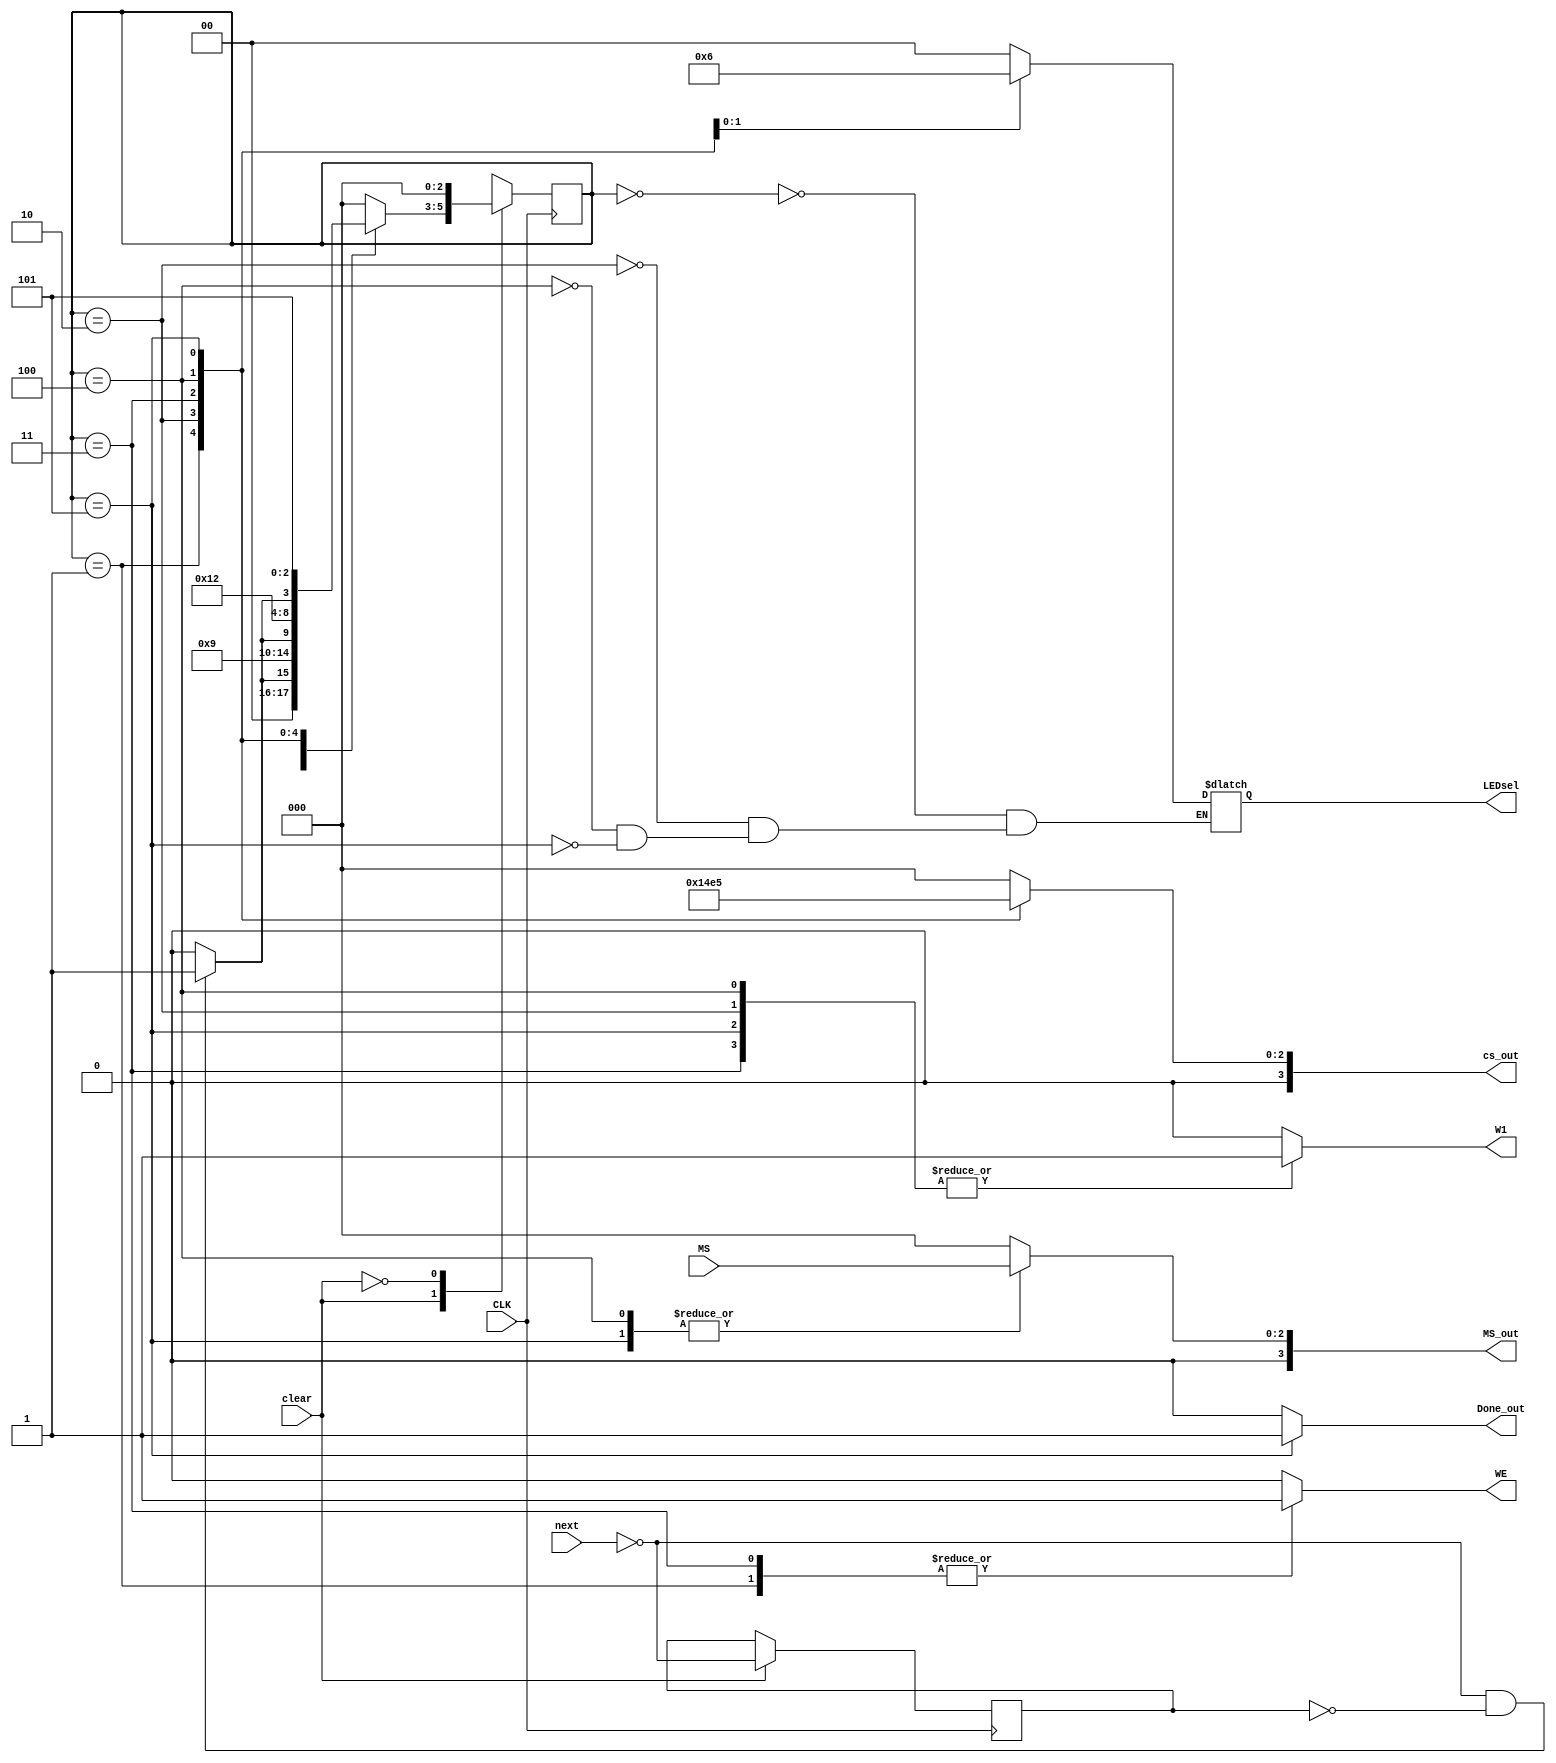

`timescale 1ns / 1ps
//////////////////////////////////////////////////////////////////////////////////


module FSM(CLK, clear, next, MS, MS_out, LEDsel, Done_out, W1, WE, cs_out
    

    );
    input CLK, clear, next;        //next: only when next == 1, some state will go to their next state
                                //[clear] is copied from the github file, I dont know how to use it specifically, kinda start button
    input[2:0] MS;              //the mode we use for calculating
    output reg[1:0] LEDsel;     //for LED_MUX2
    //output reg[2:0] num_R1, num_R2;     //pass to register file
    output reg W1;
    output reg[3:0] MS_out;                 //MS_out will be passed to ALU file
    output reg WE, Done_out;                //write enable for register and done signal for S11
    reg nextPrev;                            
    reg[2:0] CS, NS;                    //current state & next state
    parameter   Idle1 = 3'b000,         //s0
                Input1 = 3'b001,        //s1, input input1hao
                Idle2 = 3'b010,
                Input2 = 3'b011,        //s3, input input2
                calculation = 3'b100;   //s5
    parameter   done = 3'b101;
	 output reg [3:0]cs_out;
                

                
   always@(posedge CLK) begin 
        case(clear)
            1'b1: begin
				      CS <= NS;
				      nextPrev <= !next;
						end
            1'b0: CS <= Idle1;
        endcase
   end
	
	
    
  
    
    always@(CS or !next or MS) begin
        case(CS)
            Idle1: begin            // Idle1 is initial state which is wating for input_1
                WE = 0;             //we wont receive any data from input when WE = 0
                MS_out = 4'b0000;    //MS initial state
                W1 = 0;             //W1 initial state
                Done_out = 0;       //?
                LEDsel = 2'b00;     //LED shows din in LED0 and LED1
                cs_out = Idle1;
					 if (!next && !nextPrev)
                    NS = Input1;
                else
                    NS = Idle1;
                end
                
            Input1: begin
                WE = 1;             //allow register to write Din into RF
                MS_out = 4'b0000;
                W1 = 0;             //RF[0] <- Din (write Din into RF[0]
                Done_out = 0;
                NS = Idle2;
					 cs_out = Input1;
            end
            
            Idle2: begin            // waiting for input_2
                WE = 0;             //allow register to write Din into RF
                MS_out = 4'b0000;
                W1 = 1;             //RF[1] <- Din (write Din into RF[1] (cuz now we are inputing input2
                Done_out = 0;
                LEDsel = 2'b00;     //LED shows din in LED0 and LED1
					 cs_out = Idle2;
                if (!next && !nextPrev)
                    NS = Input2;
                else
                    NS = Idle2;
            end

            Input2: begin
                WE = 1;             //allow register to write Din into RF
                MS_out = 4'b0000;
                W1 = 1;             //RF[1] <- Din (write Din into RF[1] (cuz now we are inputing input2
                Done_out = 0;
                NS = calculation;
					 cs_out = Input2;
            end

            calculation: begin
                WE = 0;             // don't care
                MS_out = MS;        //BCD
                W1 = 1;             // don't care
                Done_out = 0;
                LEDsel = 2'b01;     //LED shows MS on LED0
				cs_out = calculation;
                if (!next && !nextPrev)
                    NS = done;
                else
                    NS = calculation;
            end
            
            done: begin
                WE = 0;             // don't care
                MS_out = MS;        //BCD
                W1 = 1;             // don't care
                Done_out = 1;
                LEDsel = 2'b10;     //LED shows 4-digit result on 4 LEDs
                NS = done;
					 cs_out = done;
            end
                   
            default: begin
                WE = 0;             
                MS_out = 4'b0000;
                W1 = 0;             
                Done_out = 0;
                NS = Idle1;
					 cs_out = 4'b0000;
            end

        endcase
    end
    
    
endmodule